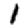
Digit: 1